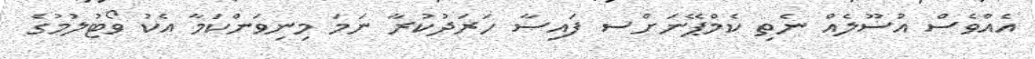
އެއްވެސް އުސޫލެއް ނެތި ކެމްޕޭނަށްސ ފައިސާ ހަރަދުކުރާ ނަމަ މިނިވަަންކަމާ އެކު ވޯޓުލުމުގެ